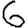
Digit: 6